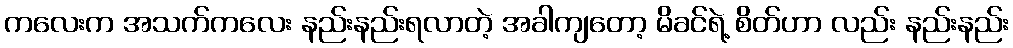
ကလေးက အသက်ကလေး နည်းနည်းရလာတဲ့ အခါကျတော့ မိခင်ရဲ့ စိတ်ဟာ လည်း နည်းနည်း